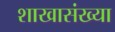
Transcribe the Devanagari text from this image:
शाखासंख्या